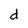
Character: d